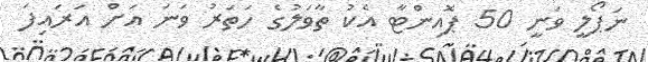
ނަޕޯލީ ވަނީ 50 ޕޮއިންޓާ އެކު ތާވަލުގެ ހަަތަރު ވަނަ އަށް އަރައިފަ